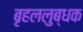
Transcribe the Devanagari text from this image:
बृहललुब्धक